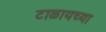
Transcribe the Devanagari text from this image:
टाळायच्या